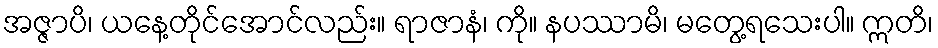
အဇ္ဇာပိ၊ ယနေ့တိုင်အောင်လည်း။ ရာဇာနံ၊ ကို။ နပဿာမိ၊ မတွေ့ရသေးပါ။ ဣတိ၊